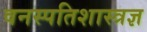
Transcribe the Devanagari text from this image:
वनस्पतिशास्त्रज्ञ